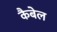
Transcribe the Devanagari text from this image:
कैबेल